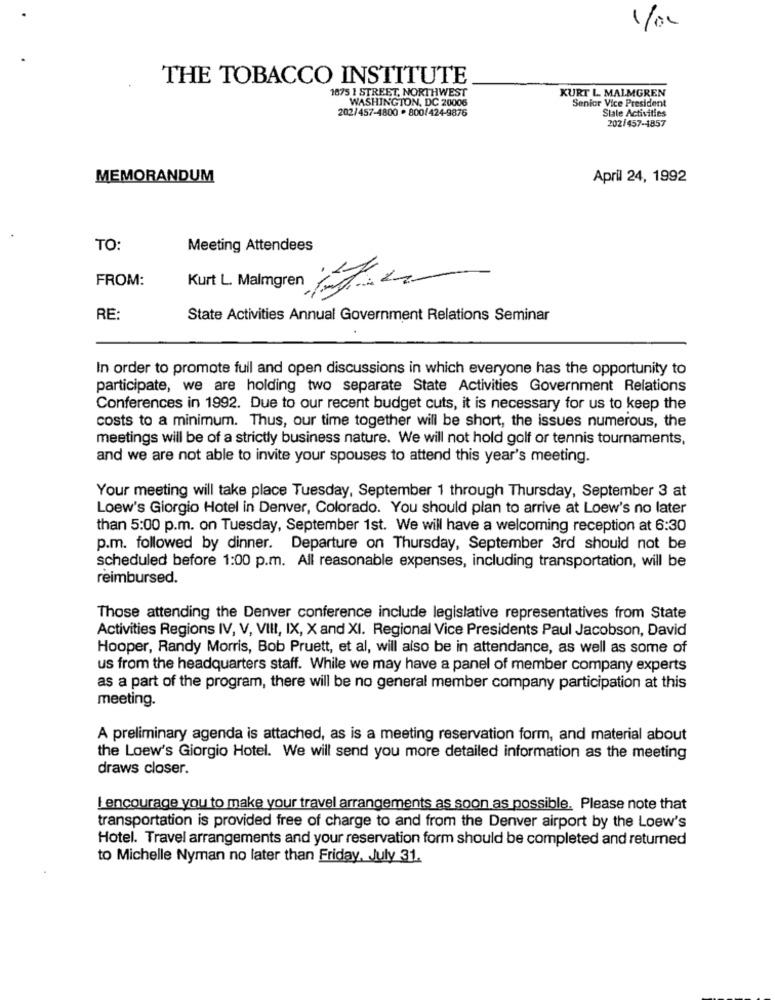
1/04
THE TOBACCO INSTITUTE
1875 1 STREET, NORTHWEST
KURT L. MALMGREN
WASHINGTON, DC 20006
Senior Vice President
202/457-4800 . 800/424-9876
Slate Activities
202/457-1857
MEMORANDUM
April 24, 1992
TO:
Meeting Attendees
FROM:
Kurt L. Malmgren
RE
State Activities Annual Government Relations Seminar
In order to promote full and open discussions in which everyone has the opportunity to
participate, we are holding two separate State Activities Government Relations
Conferences in 1992. Due to our recent budget cuts, it is necessary for us to keep the
costs to a minimum. Thus, our time together will be short, the issues numerous, the
meetings will be of a strictly business nature. We will not hold golf or tennis tournaments,
and we are not able to invite your spouses to attend this year's meeting.
Your meeting will take place Tuesday, September 1 through Thursday, September 3 at
Loew's Giorgio Hotel in Denver, Colorado. You should plan to arrive at Loew's no later
than 5:00 p.m. on Tuesday, September 1st. We will have a welcoming reception at 6:30
p.m. followed by dinner. Departure on Thursday, September 3rd should not be
scheduled before 1:00 p.m. All reasonable expenses, including transportation, will be
reimbursed.
Those attending the Denver conference include legislative representatives from State
Activities Regions IV, V, VIII, IX, X and XI. Regional Vice Presidents Paul Jacobson, David
Hooper, Randy Morris, Bob Pruett, et al, will also be in attendance, as well as some of
us from the headquarters staff. While we may have a panel of member company experts
as a part of the program, there will be no general member company participation at this
meeting.
A preliminary agenda is attached, as is a meeting reservation form, and material about
the Loew's Giorgio Hotel. We will send you more detailed information as the meeting
draws closer.
I encourage you to make your travel arrangements as soon as possible. Please note that
transportation is provided free of charge to and from the Denver airport by the Loew's
Hotel. Travel arrangements and your reservation form should be completed and returned
to Michelle Nyman no later than Friday, July 31.